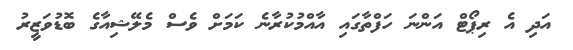
އަދި އެ ރިޕޯޓް އަންނަ ހަފްތާގައި އާއްމުކުރާނެ ކަމަށް ވެސް މެލޭޝިއާގެ ބޮޑުވަޒީރު